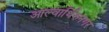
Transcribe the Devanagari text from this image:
आल्वार्थिरुनगर